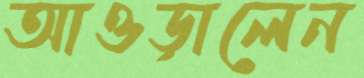
আওড়ালেন